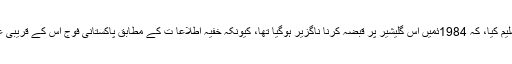
اراکین نے وزارت دفاع کا یہ نکتہ تسلیم کیا، کہ 1984ئمیں اس گلیشیر پر قبضہ کرنا ناگزیر ہوگیا تھا، کیونکہ خفیہ اطلاعا ت کے مطابق پاکستانی فوج اس کے قریبی علاقہ میں ٹھکانے بنانے جا رہی تھی۔